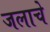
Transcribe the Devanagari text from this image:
जलाचे